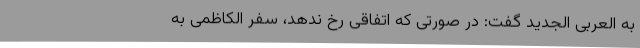
به العربی الجدید گفت: در صورتی که اتفاقی رخ ندهد، سفر الکاظمی به